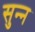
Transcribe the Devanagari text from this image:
सुन्‍न